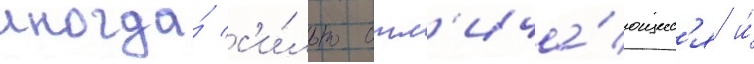
иногда́ с'и́льно отл'ича́ющиес'я и́